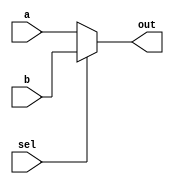
/*
This code is for 4 bit instruction lines. convert them to 32 bit instruction lines.
*/
module mux_32to1(out, a,b,sel);
output [31:0] out;
input [31:0] a,b;
input sel;
reg [31:0] out;
always @ (sel or a or b)
  if(sel==0)
  out = a;
  else
  out = b;
endmodule